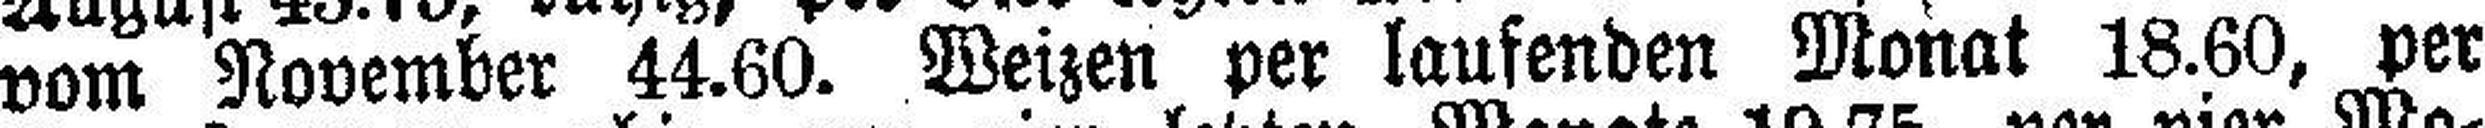
vom November 44.60. Weizen per laufenden Monat 18.60, per